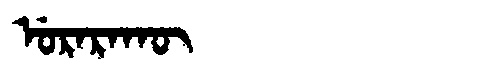
Manchu: ᡠᡵᠠᡵᠠᡴᡡ
Romanization: URARAKŪ